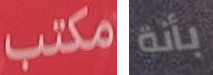
مكتب بأنة